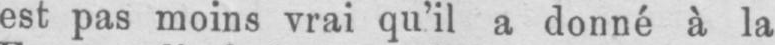
est pas moins vrai qu’il a donné à la